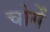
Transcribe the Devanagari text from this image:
चोगें